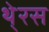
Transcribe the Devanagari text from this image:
थे्रस